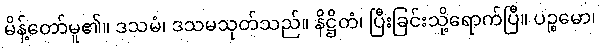
မိန့်တော်မူ၏။ ဒသမံ၊ ဒသမသုတ်သည်။ နိဋ္ဌိတံ၊ ပြီးခြင်းသို့ရောက်ပြီ။ ပဉ္စမော၊